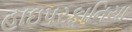
હાઇપરફાનિયા